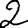
Digit: 2